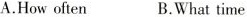
A.How often B.What time